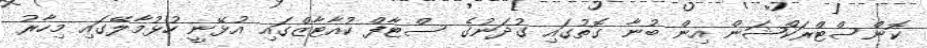
ކޮންސްޓްރަކްޝަން އިން ބުނާ ގޮތުގައި ގުދަނުގެ ސްޓާފް ކުއާޓާޒްގައި އުޅޭނީ ހުޅުމާލޭގައި މިހާރު